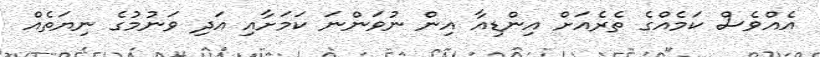
އެއްވެސް ކަމެއްގެ ތެރެއަށް އިންޑިއާ އިން ނުވަންނަ ކަމަށާއި އަދި ވަނުމުގެ ނިޔަތެއް